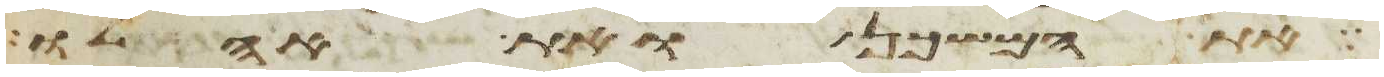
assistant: את המשכן ואת אהלו